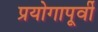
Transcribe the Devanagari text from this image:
प्रयोगापूर्वी